Vaccine operations Central Provinces & Berar 1912-1920 - 1912-1920
Year: 1912
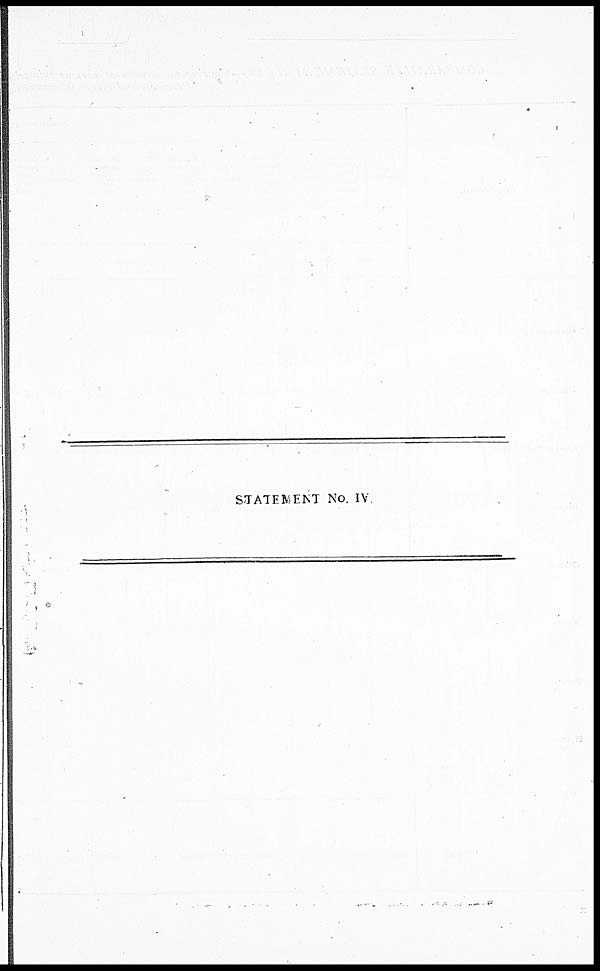
STATEMENT No. IV